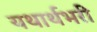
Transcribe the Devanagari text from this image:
यथार्थभरी